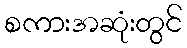
စကားအဆုံးတွင်